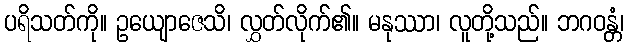
ပရိသတ်ကို။ ဥယျောဇေသိ၊ လွှတ်လိုက်၏။ မနုဿာ၊ လူတို့သည်။ ဘဂဝန္တံ၊